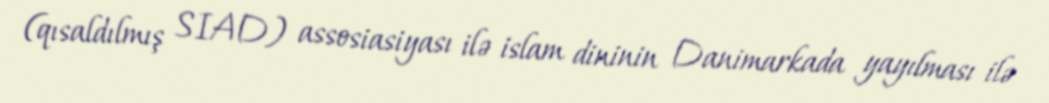
(qısaldılmış SIAD) assosiasiyası ilə islam dininin Danimarkada yayılması ilə